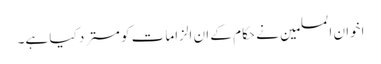
اخوان المسلمین نے حکام کے ان الزامات کو مسترد کیا ہے۔